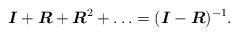
LaTeX: \begin{align*}\boldsymbol{I}+\boldsymbol{R}+\boldsymbol{R}^2+\ldots=(\boldsymbol{I}-\boldsymbol{R})^{-1}.\end{align*}